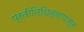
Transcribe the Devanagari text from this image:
प्रतीनिधित्वापासून